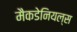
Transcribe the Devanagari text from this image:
मैकडेनियल्स